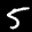
Label: 5